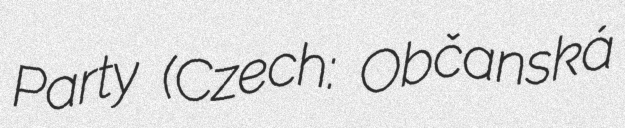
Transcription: Party (Czech: Občanská